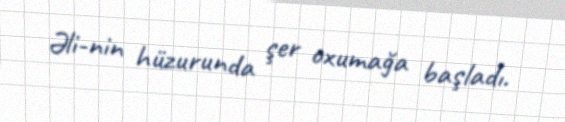
Əli-nin hüzurunda şer oxumağa başladı.